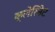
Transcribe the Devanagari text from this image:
क्लेरिनेट